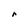
Character: r